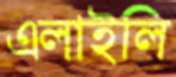
এলাইলি